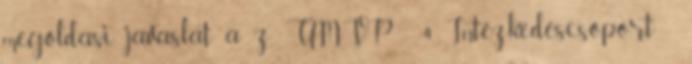
megoldási javaslat a z ÚMVP - 4. Intézkedéscsoport -